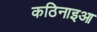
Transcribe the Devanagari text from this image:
कठिनाइआ